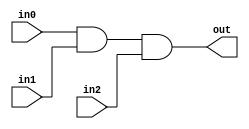
module C_And3(in0, in1, in2, out);

	parameter BITS = 1;
	input [BITS-1:0] in0;
	input [BITS-1:0] in1;
	input [BITS-1:0] in2;
	output [BITS-1:0] out;

	assign out = in0 & in1 & in2;

endmodule